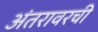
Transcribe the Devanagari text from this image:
अंतरावरची